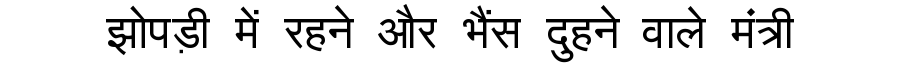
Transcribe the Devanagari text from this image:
झोपड़ी में रहने और भैंस दुहने वाले मंत्री